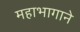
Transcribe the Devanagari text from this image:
महाभागाने